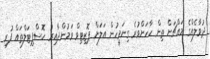
ދުވާލެއްގެ މައްޗަށް ތިން ހާހަށްވުރެ ގިނަމީހުން އަލަށް ޕޮޒިޓިވް ވަމުންދާއިރު ހޮސްޕިޓަލްތައް ފުރި